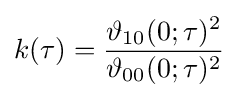
k(\tau )={\frac {\vartheta _{10}(0;\tau )^{2}}{\vartheta _{00}(0;\tau )^{2}}}